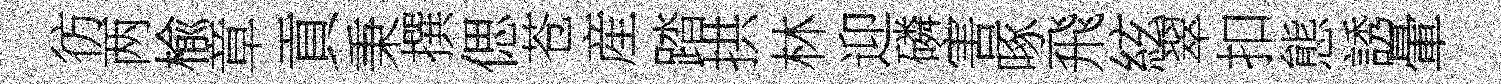
彷两楡章貢秉撰偲苍産踏拱林迎磷害啄飛絃翠扣態誘暈